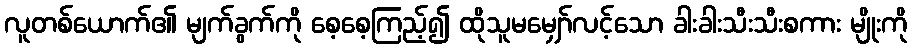
လူတစ်ယောက်၏ မျက်ခွက်ကို စေ့စေ့ကြည့်၍ ထိုသူမမျှော်လင့်သော ခါးခါးသီးသီးစကား မျိုးကို